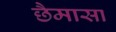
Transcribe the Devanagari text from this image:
छैमासा